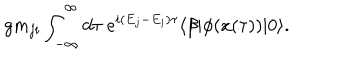
g m _ { j i } \int _ { - \infty } ^ { \infty } d \tau \ e ^ { i ( E _ { j } - E _ { i } ) \tau } \langle \beta | \phi ( x ( \tau ) ) | 0 \rangle .